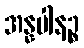
အန္နပါနဉ္စ